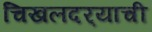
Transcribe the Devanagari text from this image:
चिखलदर्‍याची